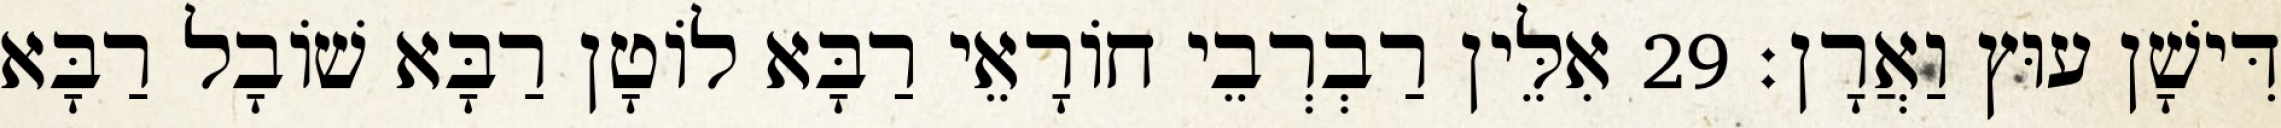
דִּישָׁן עוּץ וַאֲרָן׃ 29 אִלֵּין רַבְרְבֵי חוֹרָאֵי רַבָּא לוֹטָן רַבָּא שׁוֹבָל רַבָּא